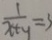
\frac { 1 } { x + y } = 3